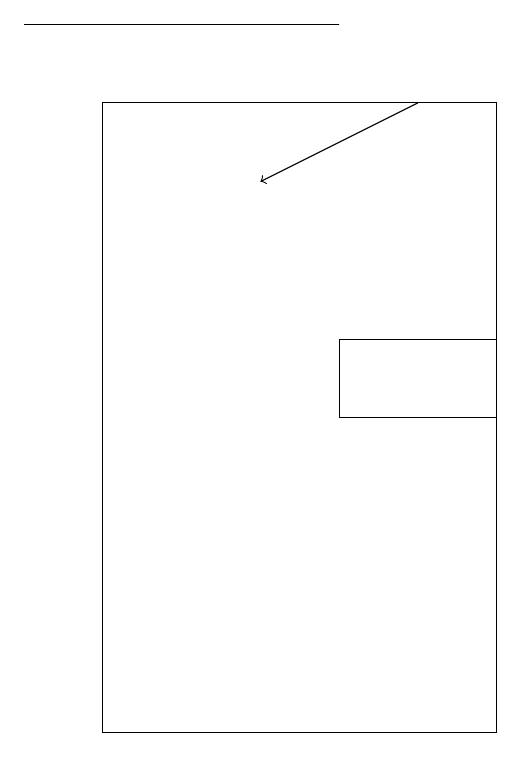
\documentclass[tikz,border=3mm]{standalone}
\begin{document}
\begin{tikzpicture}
\draw (7,19) rectangle (3,19);
\draw (4,18) rectangle (9,10);
\draw (9,15) rectangle (7,14);
\draw[->] (8,18) -- (6,17);
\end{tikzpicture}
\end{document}